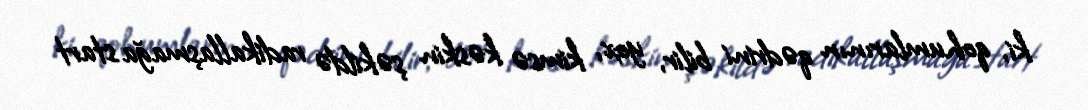
ki, qohumlarının qədrini bilir, yox, kimsə kəskin şəkildə radikallaşmağa start